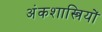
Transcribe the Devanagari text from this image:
अंकशास्त्रियों